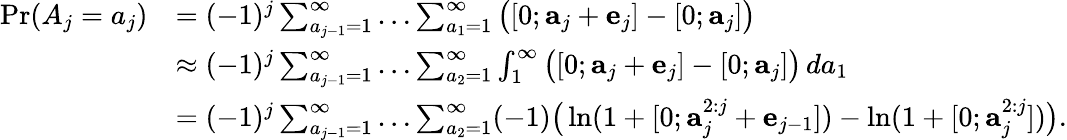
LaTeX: \begin{array}{rl}{\operatorname*{Pr}(A_{j}=a_{j})}&{=(-1)^{j}\sum_{a_{j-1}=1}^{\infty}\dots\sum_{a_{1}=1}^{\infty}\big([0;\mathbf{a}_{j}+\mathbf{e}_{j}]-[0;\mathbf{a}_{j}]\big)}\\ &{\approx(-1)^{j}\sum_{a_{j-1}=1}^{\infty}\dots\sum_{a_{2}=1}^{\infty}\int_{1}^{\infty}\big([0;\mathbf{a}_{j}+\mathbf{e}_{j}]-[0;\mathbf{a}_{j}]\big)\, da_{1}}\\ &{=(-1)^{j}\sum_{a_{j-1}=1}^{\infty}\dots\sum_{a_{2}=1}^{\infty}(-1)\big(\ln(1+[0;\mathbf{a}_{j}^{2:j}+\mathbf{e}_{j-1}])-\ln(1+[0;\mathbf{a}_{j}^{2:j}])\big).}\end{array}